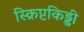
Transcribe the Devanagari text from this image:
स्क्रिप्टकिड्डी